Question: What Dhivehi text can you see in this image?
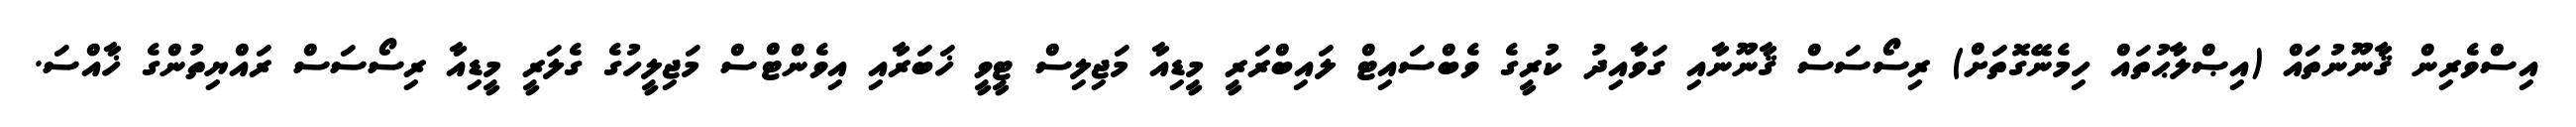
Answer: އިސްވެރިން ޤާނޫނުތައް (އިޞްލާޙުތައް ހިމެނޭގޮތަށް) ރިސޯސަސް ޤާނޫނާއި ގަވާއިދު ކުރީގެ ވެބްސައިޓް ލައިބްރަރީ މީޑިއާ މަޖިލިސް ޓީވީ ޚަބަރާއި އިވެންޓްސް މަޖިލީހުގެ ގެލަރީ މީޑިއާ ރިސޯސަސް ރައްޔިތުންގެ ޚާއްސަ.